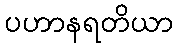
ပဟာနရတိယာ